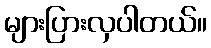
များပြားလှပါတယ်။